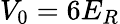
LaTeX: V_{0}=6E_{R}